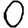
Digit: 0